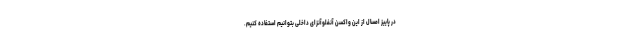
در پاییز امسال از این واکسن آنفلوآنزای داخلی بتوانیم استفاده کنیم.